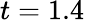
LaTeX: t=1.4